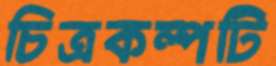
চিত্রকল্পটি